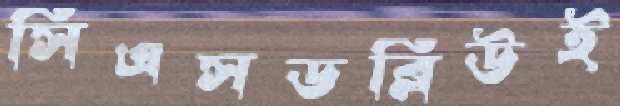
সিএসডব্লিউই